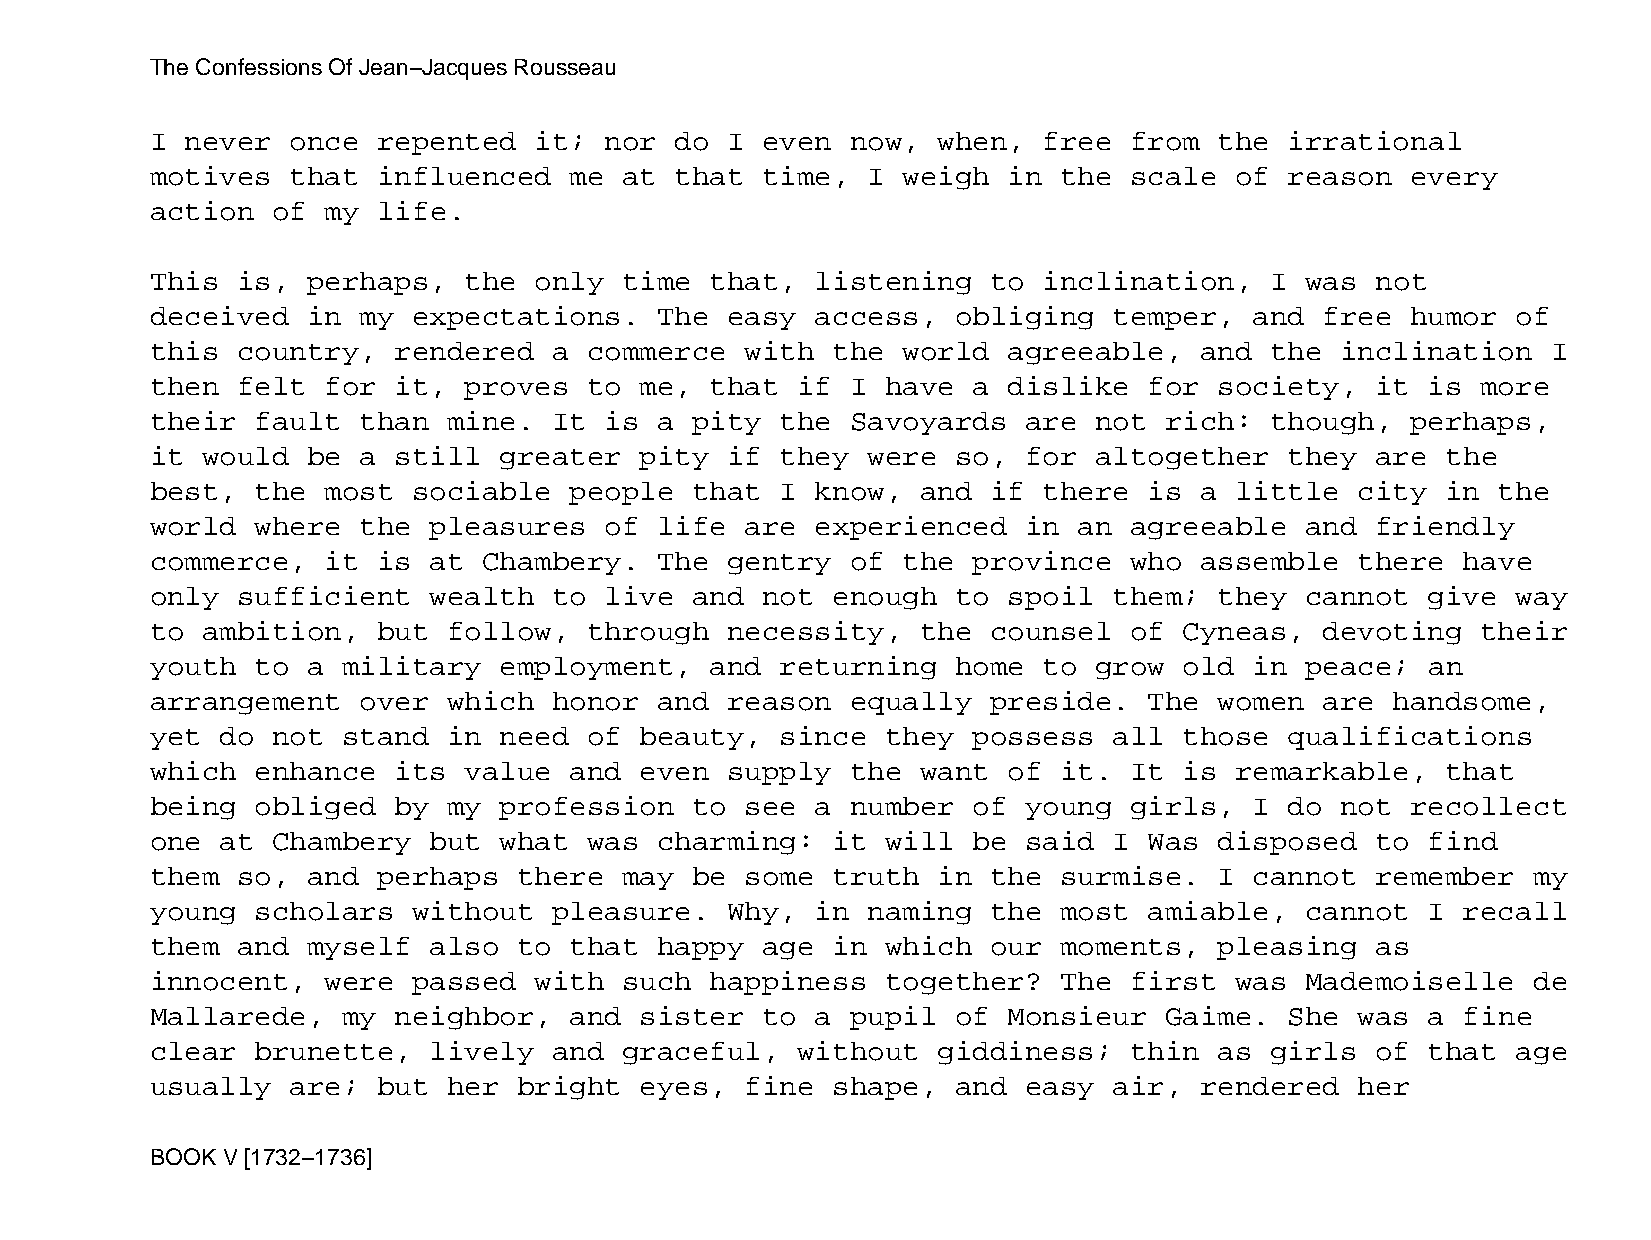
The Confessions Of Jean−Jacques Rousseau
 I never  once  repented  it;  nor  do I even  now,  when,  free  from  the irrational
 motives  that  influenced   me at  that time,  I  weigh  in the  scale  of reason  every
 action  of  my life.
 This  is, perhaps,   the only  time  that,  listening   to inclination,   I was  not
 deceived  in  my expectations.    The easy  access,  obliging   temper,  and  free humor  of
 this  country,  rendered   a commerce  with  the  world  agreeable,  and  the  inclination   I
 then  felt  for it,  proves  to me,  that  if I  have a  dislike  for  society,  it  is more
 their  fault  than  mine.  It is  a pity  the Savoyards   are not  rich:  though,  perhaps,
 it would  be  a still  greater  pity  if  they were  so,  for altogether   they  are  the
 best,  the  most sociable   people  that  I know,  and  if there  is a  little  city  in the
 world  where  the pleasures   of  life are  experienced   in an  agreeable  and  friendly
 commerce,   it is at  Chambery.   The gentry  of  the province   who assemble   there  have
 only  sufficient  wealth   to live  and not  enough  to  spoil  them;  they cannot   give way
 to ambition,   but  follow,  through  necessity,   the  counsel  of Cyneas,   devoting  their
 youth  to a  military  employment,   and  returning  home  to grow  old  in peace;   an
 arrangement   over  which  honor  and reason  equally   preside.  The  women  are handsome,
 yet  do not  stand  in need  of beauty,   since  they possess   all those  qualifications
 which  enhance  its  value  and even  supply  the  want  of it.  It is  remarkable,   that
 being  obliged  by  my profession   to see  a number  of  young  girls,  I do  not recollect
 one  at Chambery  but  what  was  charming:  it  will be  said  I Was  disposed  to  find
 them  so, and  perhaps  there  may  be some  truth  in  the surmise.   I cannot  remember  my
 young  scholars  without   pleasure.  Why,  in naming   the most  amiable,  cannot   I recall
 them  and myself  also  to  that  happy age  in  which  our moments,   pleasing  as
 innocent,   were passed  with  such  happiness   together?  The  first  was Mademoiselle   de
 Mallarede,   my neighbor,   and sister  to  a pupil  of  Monsieur  Gaime.  She  was  a fine
 clear  brunette,  lively   and graceful,   without  giddiness;   thin  as girls  of  that age
 usually  are;  but  her bright  eyes,  fine  shape,  and  easy  air, rendered   her
 BOOK V [1732−1736]